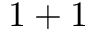
1 + 1